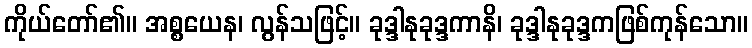
ကိုယ်တော်၏။ အစ္စယေန၊ လွန်သဖြင့်။ ခုဒ္ဒါနုခုဒ္ဒကာနိ၊ ခုဒ္ဒါနုခုဒ္ဒကဖြစ်ကုန်သော။